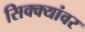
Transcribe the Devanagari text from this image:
सिक्क्यांवर